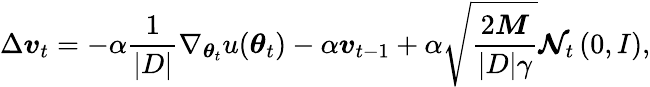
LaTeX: \Delta\boldsymbol{v}_{t}=-\alpha\frac{1}{|D|}\nabla_{\boldsymbol{\theta}_{t}}u(\boldsymbol{\theta}_{t})-\alpha\boldsymbol{v}_{t-1}+\alpha\sqrt{\frac{2\boldsymbol{M}}{|D|\gamma}}\boldsymbol{\mathcal{N}}_{t}\left(0,I\right),